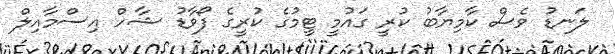
ލަނޑު ވެސް ކާމިޔާބު ކުރީ ގައުމީ ޓީމުގެ ކުރީގެ ފޯވާޑު ޝާހް އިސްމާއިލް